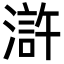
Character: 滸